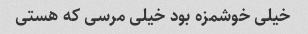
خیلی خوشمزه بود خیلی مرسی که هستی